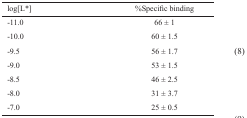
| log[L*] | %Specific binding |
 | --- | --- |
 | -11.0 | 66 ± 1 |
 | -10.0 | 60 ± 1.5 |
 | -9.5 | 56 ± 1.7 |
 | -9.0 | 53 ± 1.5 |
 | -8.5 | 46 ± 2.5 |
 | -8.0 | 31 ± 3.7 |
 | -7.0 | 25 ± 0.5 |